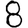
Digit: 8